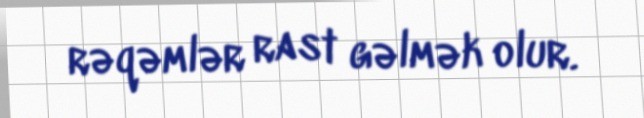
rəqəmlər rast gəlmək olur.